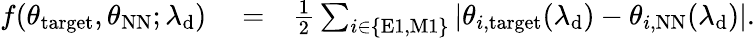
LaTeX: \begin{array}{rlr}{f(\theta_{\mathrm{target}},\theta_{\mathrm{NN}};\lambda_{\mathrm{d}})}&{{}=}&{\frac{1}{2}\sum_{i\in\{ \mathrm{E1,M1}\} }\left|\theta_{i,\mathrm{target}}(\lambda_{\mathrm{d}})-\theta_{i,\mathrm{NN}}(\lambda_{\mathrm{d}})\right|.}\end{array}